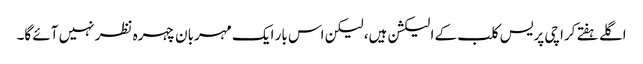
اگلے ہفتے کراچی پریس کلب کے الیکشن ہیں، لیکن اس بار ایک مہربان چہرہ نظر نہیں آئے گا۔